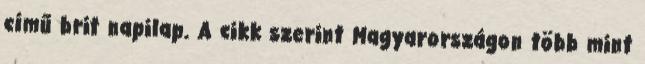
című brit napilap. A cikk szerint Magyarországon több mint